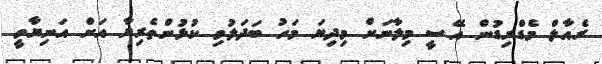
ރެއާލް މެޑްރިޑުން އޭސީ މިލާނަށް މިދިޔަ މަހު ބަދަލުވި ކުޅުންތެރިޔާ އަށް އަނިޔާވީ